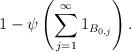
LaTeX: \begin{align*} 1- \psi\left( \sum_{j=1}^\infty 1_{B_{0,j}}\right).\end{align*}